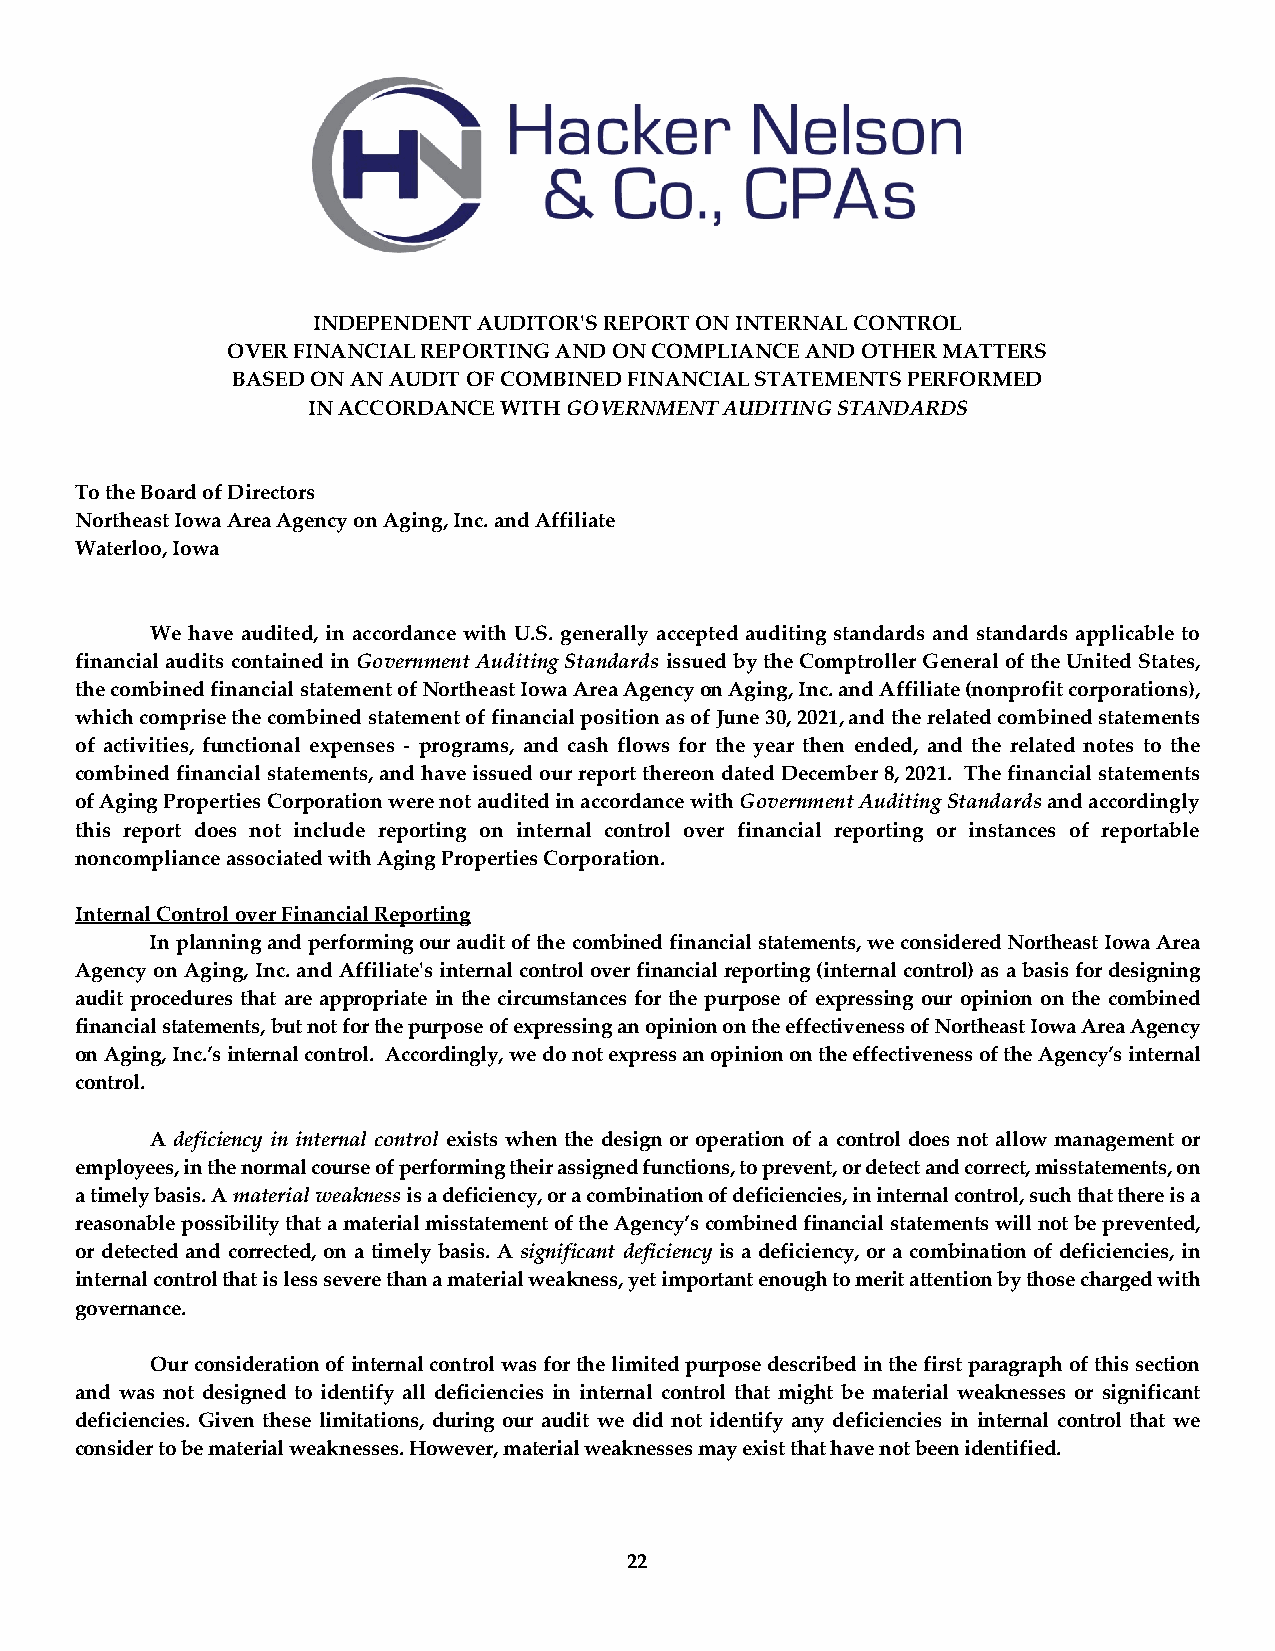
INDEPENDENT AUDITOR'S REPORT ON INTERNAL CONTROL
 OVER FINANCIAL REPORTING AND ON COMPLIANCE AND OTHER MATTERS
 BASED ON AN AUDIT OF COMBINED FINANCIAL STATEMENTS PERFORMED
 IN ACCORDANCE WITH GOVERNMENT AUDITING STANDARDS
 To the Board of Directors
 Northeast Iowa Area Agency on Aging, Inc. and Affiliate
 Waterloo, Iowa
 We have audited, in accordance with U.S. generally accepted auditing standards and standards applicable to
 financial audits contained in Government Auditing Standards issued by the Comptroller General of the United States,
 the combined financial statement of Northeast Iowa Area Agency on Aging, Inc. and Affiliate (nonprofit corporations),
 which comprise the combined statement of financial position as of June 30, 2021, and the related combined statements
 of activities, functional expenses - programs, and cash flows for the year then ended, and the related notes to the
 combined financial statements, and have issued our report thereon dated December 8, 2021. The financial statements
 of Aging Properties Corporation were not audited in accordance with Government Auditing Standards and accordingly
 this report does not include reporting on internal control over financial reporting or instances of reportable
 noncompliance associated with Aging Properties Corporation.
 Internal Control over Financial Reporting
 In planning and performing our audit of the combined financial statements, we considered Northeast Iowa Area
 Agency on Aging, Inc. and Affiliate's internal control over financial reporting (internal control) as a basis for designing
 audit procedures that are appropriate in the circumstances for the purpose of expressing our opinion on the combined
 financial statements, but not for the purpose of expressing an opinion on the effectiveness of Northeast Iowa Area Agency
 on Aging, Inc.’s internal control. Accordingly, we do not express an opinion on the effectiveness of the Agency’s internal
 control.
 A deficiency in internal control exists when the design or operation of a control does not allow management or
 employees, in the normal course of performing their assigned functions, to prevent, or detect and correct, misstatements, on
 a timely basis. A material weakness is a deficiency, or a combination of deficiencies, in internal control, such that there is a
 reasonable possibility that a material misstatement of the Agency’s combined financial statements will not be prevented,
 or detected and corrected, on a timely basis. A significant deficiency is a deficiency, or a combination of deficiencies, in
 internal control that is less severe than a material weakness, yet important enough to merit attention by those charged with
 governance.
 Our consideration of internal control was for the limited purpose described in the first paragraph of this section
 and was not designed to identify all deficiencies in internal control that might be material weaknesses or significant
 deficiencies. Given these limitations, during our audit we did not identify any deficiencies in internal control that we
 consider to be material weaknesses. However, material weaknesses may exist that have not been identified.
 22